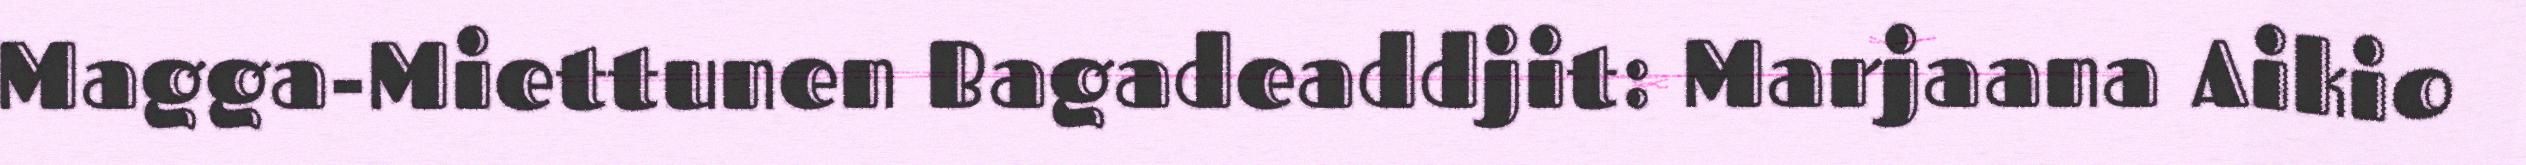
Magga-Miettunen Bagadeaddjit: Marjaana Aikio